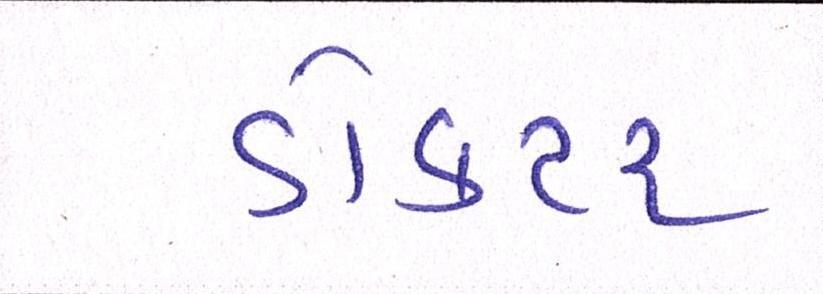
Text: ડોકટર